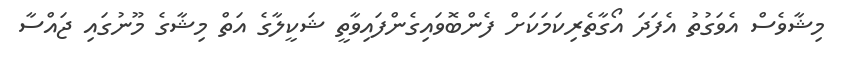
މިޝާވެސް އެވަގުތު އެފަދަ އޯގާތެރިކަމަކަށް ފެންބޮވައިގެންފައިވާތީ ޝަކީލާގެ އަތް މިޝާގެ މޫނުގައި ޖައްސާ